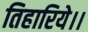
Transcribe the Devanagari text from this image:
तिहारिये।।